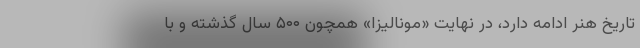
تاریخ هنر ادامه دارد، در نهایت «مونالیزا» همچون ۵۰۰ سال گذشته و با